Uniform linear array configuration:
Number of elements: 64
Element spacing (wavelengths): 0.75
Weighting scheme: hann
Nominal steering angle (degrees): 60
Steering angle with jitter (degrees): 61.959
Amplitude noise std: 0.05
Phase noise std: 0.05

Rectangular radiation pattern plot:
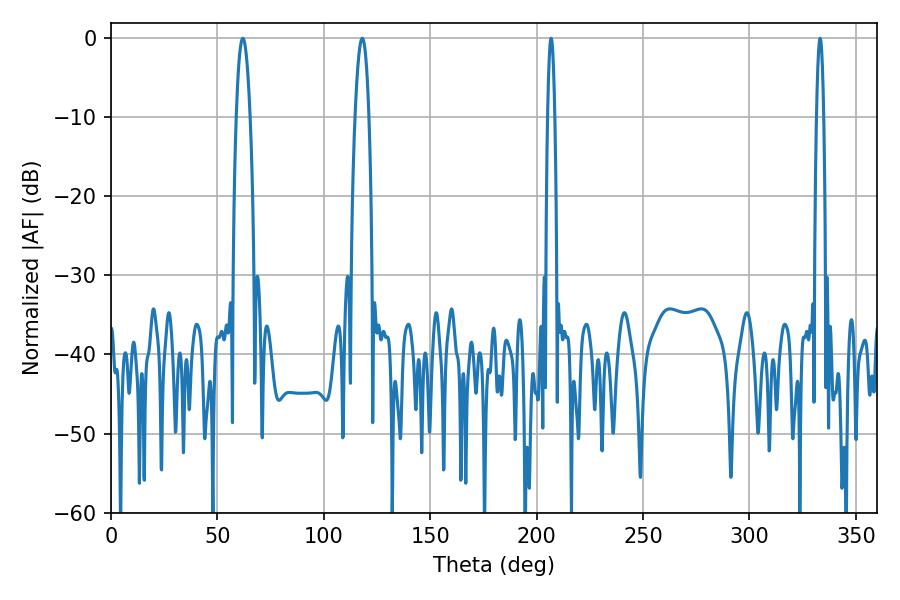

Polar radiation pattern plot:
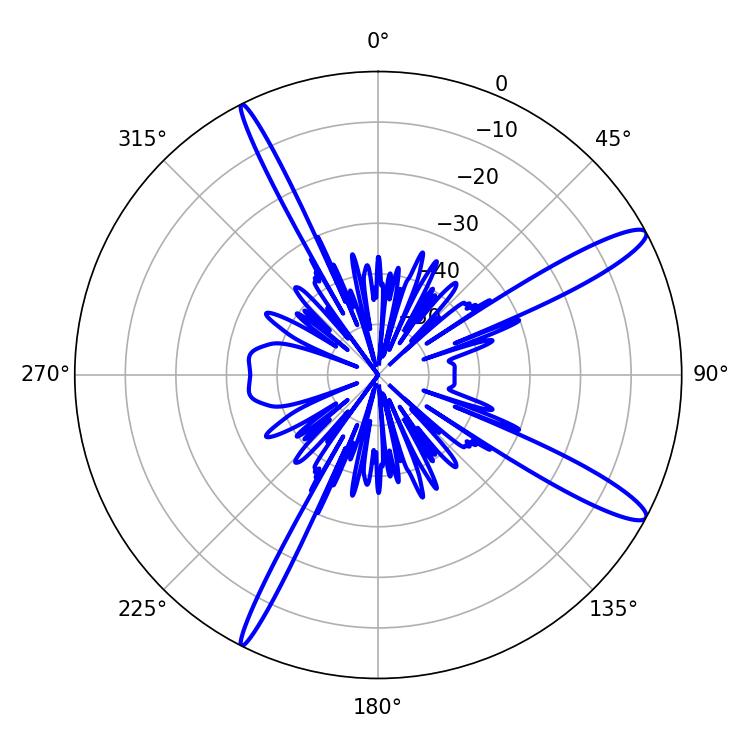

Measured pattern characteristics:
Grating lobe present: TRUE
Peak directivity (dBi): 13.573
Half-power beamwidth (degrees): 3.6
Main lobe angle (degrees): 61.92